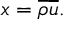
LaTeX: x = { \overline { { \rho } } } { \overline { { u } } } .